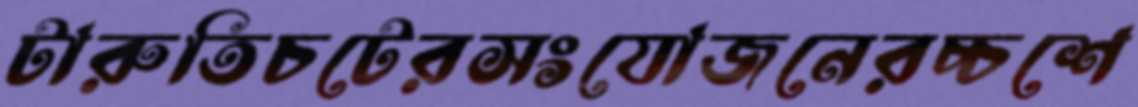
টারুতিচটেরসংযোজনেরচ্চশে